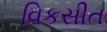
વિકસીત